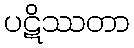
ပဋိဿတာ